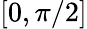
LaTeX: [0,\pi/2]